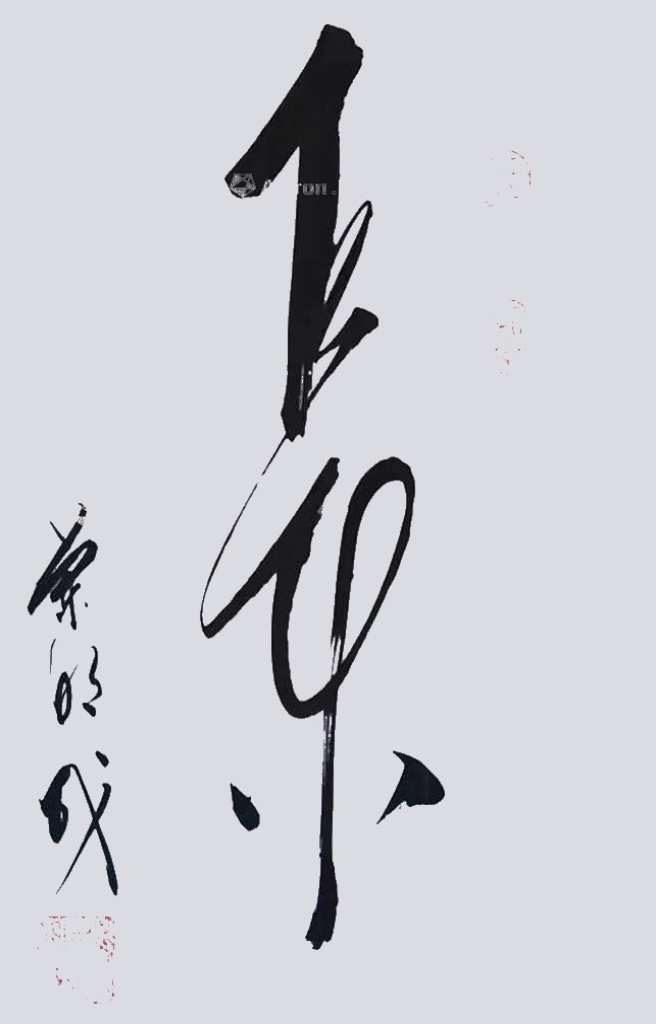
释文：长乐兰明成